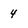
Character: 4